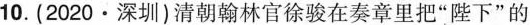
10.(2020·深圳)清朝翰林官徐骏在奏章里把”陛下”的